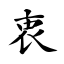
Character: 衷